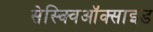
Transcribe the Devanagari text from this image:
सेस्क्विऑक्साइड